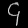
Digit: ၄